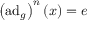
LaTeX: \left( \operatorname { a d } _ { g } \right) ^ { n } ( x ) = e